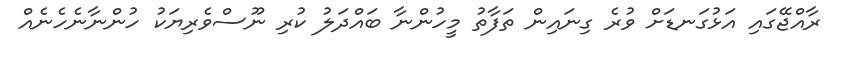
ރާއްޖޭގައި އަޅުގަނޑަށް ވުރެ ގިނައިން ތަފާތު މީހުންނާ ބައްދަލު ކުރި ނޫސްވެރިޔަކު ހުންނާނެހެނެއް